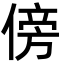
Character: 傍